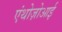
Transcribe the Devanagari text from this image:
एंथोज़ोआई